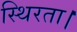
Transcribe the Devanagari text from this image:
स्थिरता।